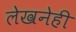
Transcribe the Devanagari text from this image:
लेखनेही